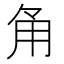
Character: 𮗠